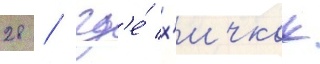
28 / гд'е́ х'ичкок